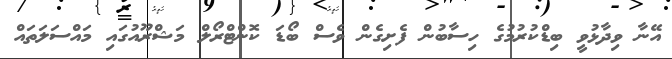
އޭނާ ވިދާޅުވީ ބިޑްކުރުމުގެ ހިސާބުން ފެށިގެން ވެސް ބޯޑަ ކޮންޓްރޯލް މަޝްރޫއުގައި މައްސަލަތައް